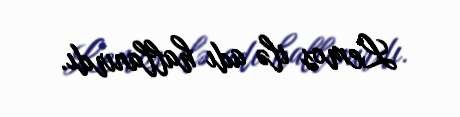
Lemos ilə adı hallanırdı.